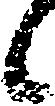
候